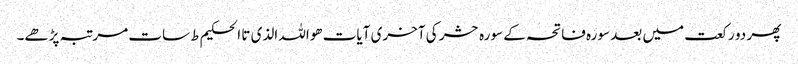
پھر دو رکعت میں بعد سورہ فاتحہ کے سورہ حشر کی آخری آیات ھواللہ الذی تا الحکیم ط سات مرتبہ پڑھے۔